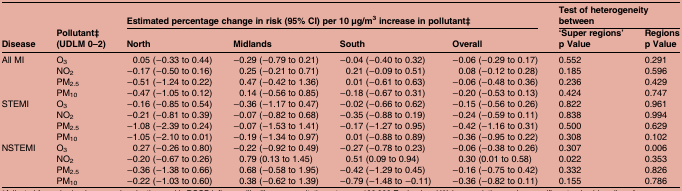
<table><thead><tr><td rowspan="2"><b>Disease</b></td><td rowspan="2"><b>Pollutant‡ (UDLM 0–2)</b></td><td colspan="4"><b>Estimated percentage change in risk (95% CI) per 10 μg/m<sup>3</sup> increase in pollutant‡</b></td><td colspan="2"><b>Test of heterogeneity between</b></td></tr><tr><td><b>North</b></td><td><b>Midlands</b></td><td><b>South</b></td><td><b>Overall</b></td><td><b>‘Super regions’p Value</b></td><td><b>Regionsp Value</b></td></tr></thead><tbody><tr><td rowspan="4">All MI</td><td>O<sub>3</sub></td><td>0.05 (−0.33 to 0.44)</td><td>−0.29 (−0.79 to 0.21)</td><td>−0.04 (−0.40 to 0.32)</td><td>−0.06 (−0.29 to 0.17)</td><td>0.552</td><td>0.291</td></tr><tr><td>NO<sub>2</sub></td><td>−0.17 (−0.50 to 0.16)</td><td>0.25 (−0.21 to 0.71)</td><td>0.21 (−0.09 to 0.51)</td><td>0.08 (−0.12 to 0.28)</td><td>0.185</td><td>0.596</td></tr><tr><td>PM<sub>2.5</sub></td><td>−0.51 (−1.24 to 0.22)</td><td>0.47 (−0.42 to 1.36)</td><td>0.01 (−0.61 to 0.63)</td><td>−0.06 (−0.48 to 0.36)</td><td>0.236</td><td>0.429</td></tr><tr><td>PM<sub>10</sub></td><td>−0.47 (−1.05 to 0.12)</td><td>0.14 (−0.56 to 0.85)</td><td>−0.18 (−0.67 to 0.31)</td><td>−0.20 (−0.53 to 0.13)</td><td>0.424</td><td>0.747</td></tr><tr><td rowspan="4">STEMI</td><td>O<sub>3</sub></td><td>−0.16 (−0.85 to 0.54)</td><td>−0.36 (−1.17 to 0.47)</td><td>−0.02 (−0.66 to 0.62)</td><td>−0.15 (−0.56 to 0.26)</td><td>0.822</td><td>0.961</td></tr><tr><td>NO<sub>2</sub></td><td>−0.21 (−0.81 to 0.39)</td><td>−0.07 (−0.82 to 0.68)</td><td>−0.35 (−0.88 to 0.19)</td><td>−0.24 (−0.59 to 0.11)</td><td>0.838</td><td>0.994</td></tr><tr><td>PM<sub>2.5</sub></td><td>−1.08 (−2.39 to 0.24)</td><td>−0.07 (−1.53 to 1.41)</td><td>−0.17 (−1.27 to 0.95)</td><td>−0.42 (−1.16 to 0.31)</td><td>0.500</td><td>0.629</td></tr><tr><td>PM<sub>10</sub></td><td>−1.05 (−2.10 to 0.01)</td><td>−0.19 (−1.34 to 0.97)</td><td>0.01 (−0.88 to 0.89)</td><td>−0.36 (−0.95 to 0.22)</td><td>0.308</td><td>0.102</td></tr><tr><td rowspan="4">NSTEMI</td><td>O<sub>3</sub></td><td>0.27 (−0.26 to 0.80)</td><td>−0.22 (−0.92 to 0.49)</td><td>−0.27 (−0.78 to 0.23)</td><td>−0.06 (−0.38 to 0.26)</td><td>0.307</td><td>0.006</td></tr><tr><td>NO<sub>2</sub></td><td>−0.20 (−0.67 to 0.26)</td><td>0.79 (0.13 to 1.45)</td><td>0.51 (0.09 to 0.94)</td><td>0.30 (0.01 to 0.58)</td><td>0.022</td><td>0.353</td></tr><tr><td>PM<sub>2.5</sub></td><td>−0.36 (−1.38 to 0.66)</td><td>0.68 (−0.58 to 1.95)</td><td>−0.42 (−1.29 to 0.45)</td><td>−0.16 (−0.75 to 0.42)</td><td>0.332</td><td>0.826</td></tr><tr><td>PM<sub>10</sub></td><td>−0.22 (−1.03 to 0.60)</td><td>0.38 (−0.62 to 1.39)</td><td>−0.79 (−1.48 to −0.11)</td><td>−0.36 (−0.82 to 0.11)</td><td>0.155</td><td>0.786</td></tr></tbody></table>